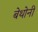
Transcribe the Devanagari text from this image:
बेथोनी